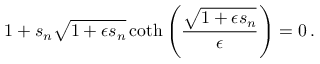
1 + s _ { n } \sqrt { 1 + \epsilon s _ { n } } \coth \left( \frac { \sqrt { 1 + \epsilon s _ { n } } } { \epsilon } \right) = 0 \, .